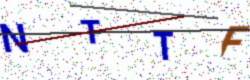
Text: NTTF